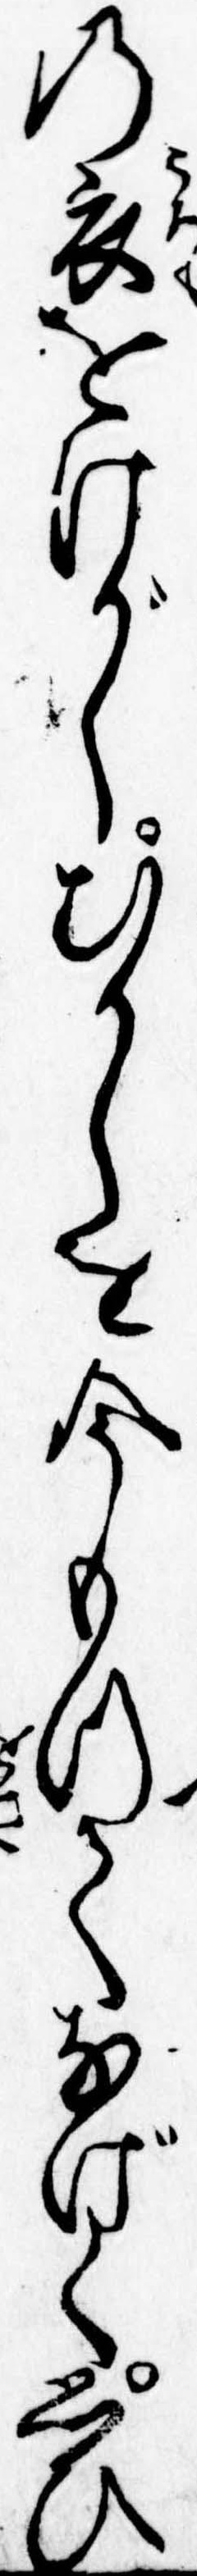
の衣をけがしむかしを今もつてなげく思ひ